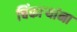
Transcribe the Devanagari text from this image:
चिंकाऱ्यांना